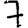
Digit: 7